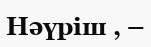
Нәүрiш , –